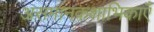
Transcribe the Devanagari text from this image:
असमानकशाभिकाएँ